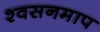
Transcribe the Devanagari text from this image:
श्वसनमाप